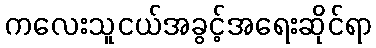
ကလေးသူငယ်အခွင့်အရေးဆိုင်ရာ